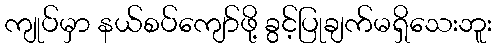
ကျုပ်မှာ နယ်စပ်ကျော်ဖို့ ခွင့်ပြုချက်မရှိသေးဘူး